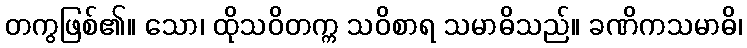
တကွဖြစ်၏။ သော၊ ထိုသဝိတက္က သဝိစာရ သမာဓိသည်။ ခဏိကသမာဓိ၊